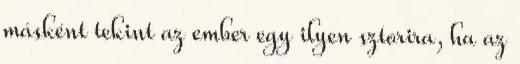
másként tekint az ember egy ilyen sztorira, ha az